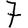
Digit: 7